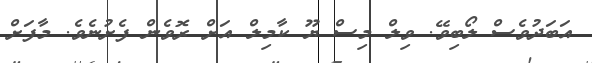
އަބަދުވެސް ލޯބިވޭ. ވިލް މިސް ޔޫ ކާމިލް އަށް ރޮވެން ފެށުނެވެ. މާފަށް